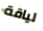
لياقة